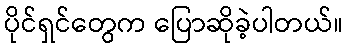
ပိုင်ရှင်တွေက ပြောဆိုခဲ့ပါတယ်။